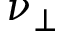
\nu _ { \perp }